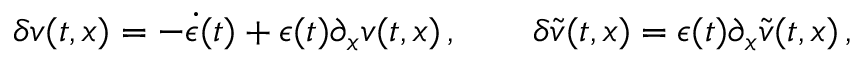
\delta v ( t , x ) = - \dot { \epsilon } ( t ) + \epsilon ( t ) \partial _ { x } v ( t , x ) \, , \qquad \delta \tilde { v } ( t , x ) = \epsilon ( t ) \partial _ { x } \tilde { v } ( t , x ) \, ,